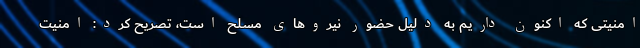
امنیتی که اکنون داریم به دلیل حضور نیروهای مسلح است، تصریح کرد: امنیت